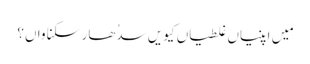
مَیں اپنیاں غلطیاں کیویں سدُھار سکنا واں؟